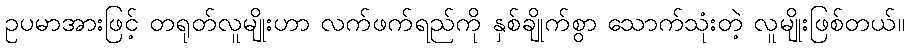
ဥပမာအားဖြင့် တရုတ်လူမျိုးဟာ လက်ဖက်ရည်ကို နှစ်ချိုက်စွာ သောက်သုံးတဲ့ လူမျိုးဖြစ်တယ်။